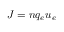
J = n q _ { e } u _ { e }